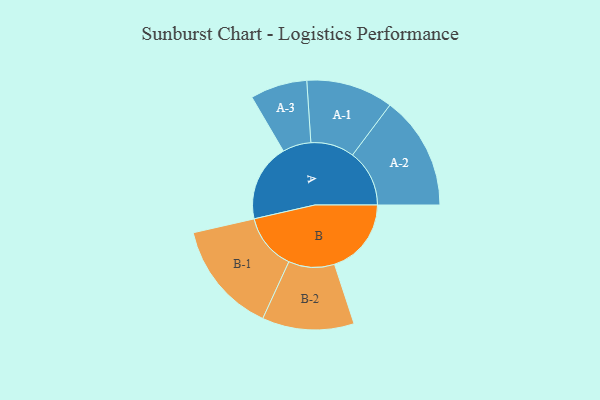
{"axis": {"x": "Segment", "y": "Value"}, "legend": ["", "A", "B"], "data": [{"x": "A", "y": 319, "type": ""}, {"x": "B", "y": 316, "type": ""}, {"x": "A-1", "y": 179, "type": "A"}, {"x": "A-2", "y": 234, "type": "A"}, {"x": "A-3", "y": 117, "type": "A"}, {"x": "B-1", "y": 231, "type": "B"}, {"x": "B-2", "y": 189, "type": "B"}]}